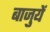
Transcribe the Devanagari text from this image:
बाजुयें